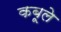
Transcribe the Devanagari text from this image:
कबूले